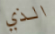
الذي